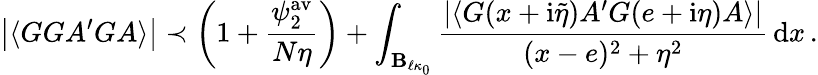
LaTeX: \left|\langle GG{A^{\prime}}GA\rangle\right|\prec\left(1+\frac{\psi_{2}^{\mathrm{av}}}{N\eta}\right)+\int_{\mathbf{B}_{\ell\kappa_{0}}}\frac{\left\vert\langle G(x+\mathrm{i}\tilde{\eta})A^{\prime}G(e+\mathrm{i}\eta)A\rangle\right\vert}{(x-e)^{2}+\eta^{2}}\, \mathrm{d}x\, .